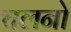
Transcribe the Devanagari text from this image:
चलनो